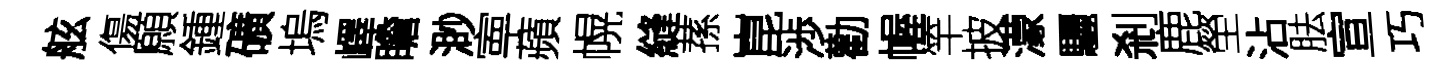
舷傷願鍾礦塢嶧瞻渺寕蘋幌縫蓀崑渉勸幄竿披濛驪剎鹿塋沾胠宣巧